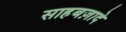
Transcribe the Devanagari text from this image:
साहबज़ादे